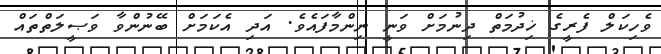
ވެހިކަލް ފެރީގެ ޚިދުމަތް ދިނުމަށް ވަނީ ނިންމާފައެވެ. އަދި އެކަމަށް ބޭނުންވާ ވަޞީލަތްތައް